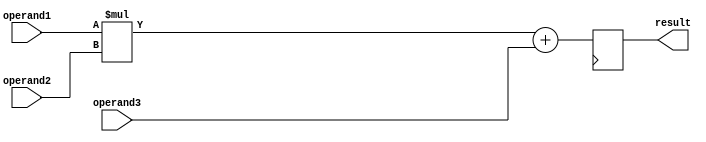
module fused_multiply_add_unit (
   input wire [31:0] operand1,
   input wire [31:0] operand2,
   input wire [31:0] operand3,
   output reg [31:0] result
);

reg [31:0] mul_result;
reg [31:0] add_result;

// Multiplier component
assign mul_result = operand1 * operand2;

// Adder component
assign add_result = mul_result + operand3;

// Register file
always @ (posedge clk) begin
   result <= add_result;
end

endmodule